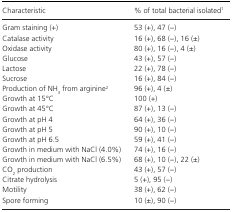
| Characteristic | % of total bacterial isolated1 |
 | --- | --- |
 | Gram staining (+) | 53 (+), 47 (−) |
 | Catalase activity | 16 (+), 68 (−), 16 (±) |
 | Oxidase activity | 80 (+), 16 (−), 4 (±) |
 | Glucose | 43 (+), 57 (−) |
 | Lactose | 22 (+), 78 (−) |
 | Sucrose | 16 (+), 84 (−) |
 | Production of NH3 from arginine2 | 96 (+), 4 (±) |
 | Growth at 15°C | 100 (+) |
 | Growth at 45°C | 87 (+), 13 (−) |
 | Growth at pH 4 | 64 (+), 36 (−) |
 | Growth at pH 5 | 90 (+), 10 (−) |
 | Growth at pH 6.5 | 59 (+), 41 (−) |
 | Growth in medium with NaCl (4.0%) | 74 (+), 16 (−) |
 | Growth in medium with NaCl (6.5%) | 68 (+), 10 (−), 22 (±) |
 | CO2 production | 43 (+), 57 (−) |
 | Citrate hydrolysis | 5 (+), 95 (−) |
 | Motility | 38 (+), 62 (−) |
 | Spore forming | 10 (±), 90 (−) |